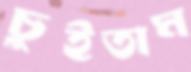
চুইতাম